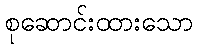
စုဆောင်းထားသော